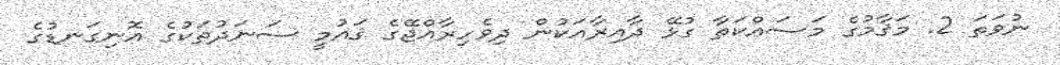
ނުވަތަ 2. މަޤާމުގެ މަސައްކަތާ ގުޅޭ ދާއިރާއަކުން ދިވެހިރާއްޖޭގެ ޤައުމީ ސަނަދުތަކުގެ އޮނިގަނޑުގެ